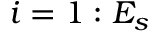
i = 1 : E _ { s }